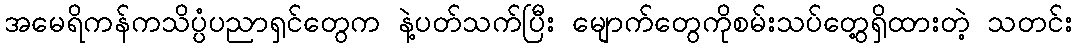
အမေရိကန်ကသိပ္ပံပညာရှင်တွေက နဲ့ပတ်သက်ပြီး မျောက်တွေကိုစမ်းသပ်တွေ့ရှိထားတဲ့ သတင်း